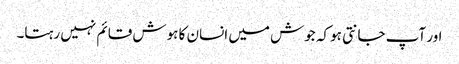
اور آپ جانتی ہو کہ جوش میں انسان کا ہوش قائم نہیں رہتا۔